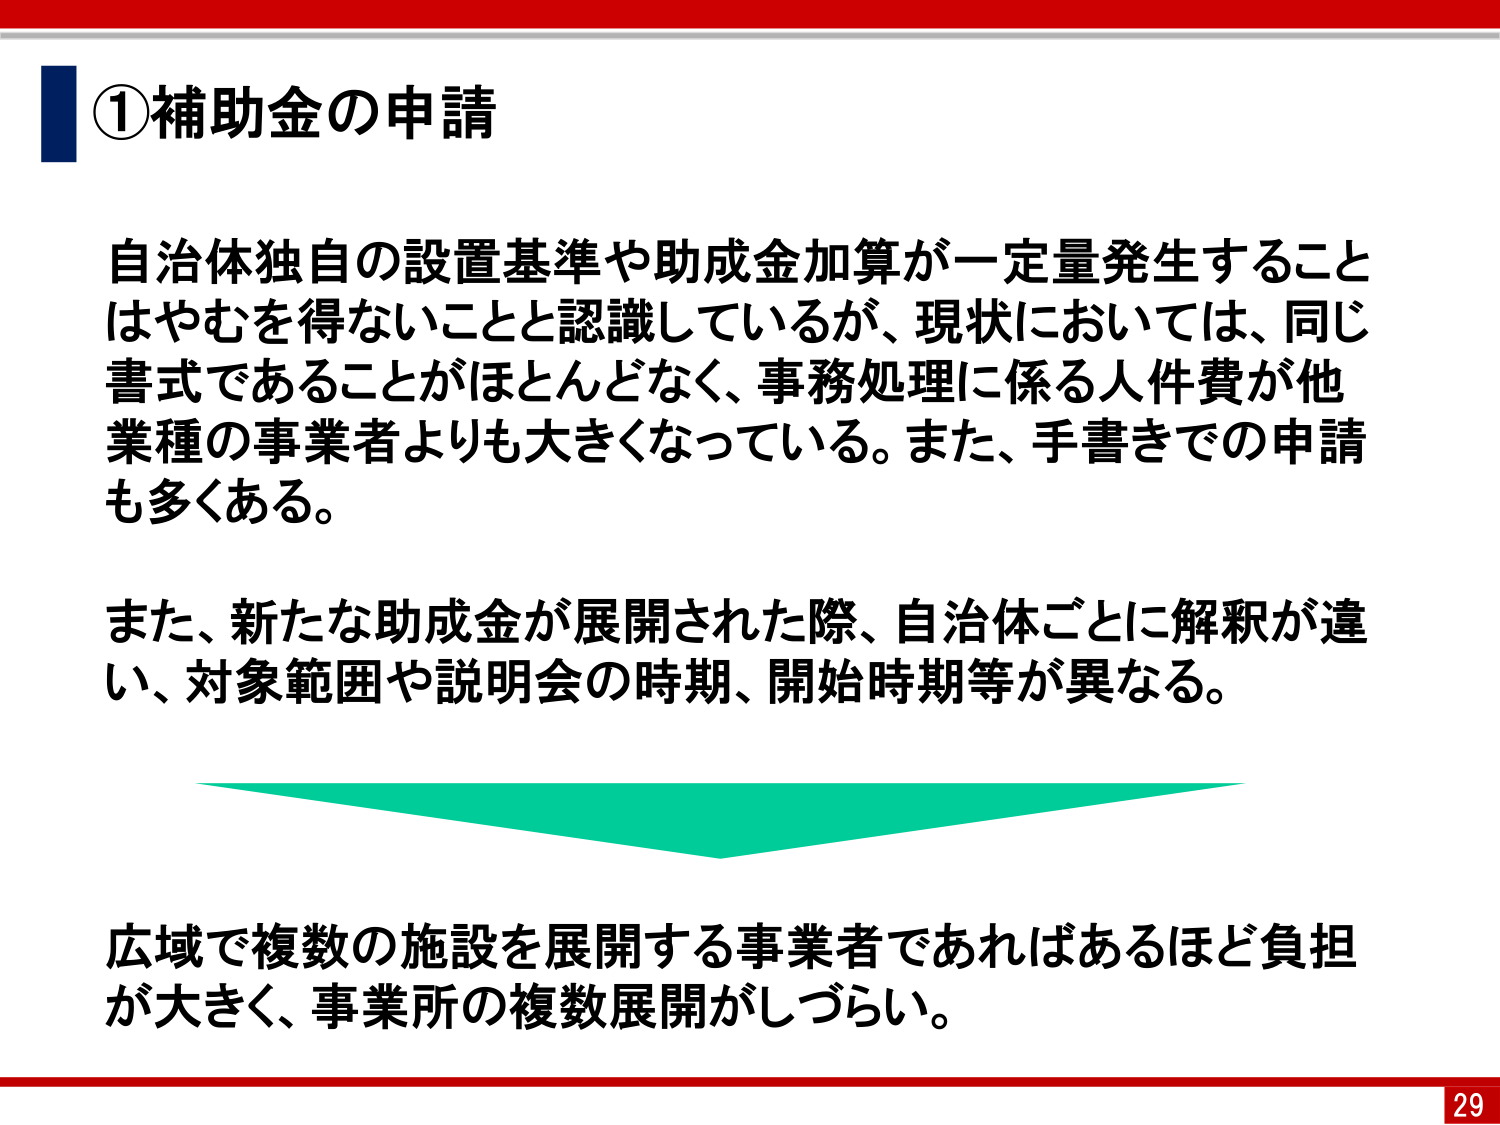
①補助金の申請

自治体独自の設置基準や助成金加算が一定量発生することはやむを得ないことと認識しているが、現状においては、同じ書式であることがほとんどなく、事務処理に係る人件費が他業種の事業者よりも大きくなっている。また、手書きでの申請も多くある。

また、新たな助成金が展開された際、自治体ごとに解釈が違い、対象範囲や説明会の時期、開始時期等が異なる。

広域で複数の施設を展開する事業者であればあるほど負担が大きく、事業所の複数展開がしづらい。

29